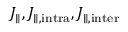
J _ { \parallel } , J _ { \parallel , \mathrm { i n t r a } } , J _ { \parallel , \mathrm { i n t e r } }